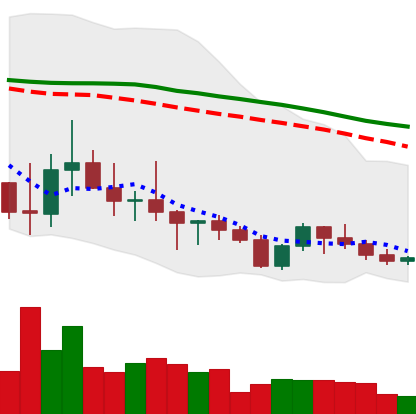
Ticker: ADA-USD
Chart end date: 2022-10-09
Forward return: -13.289%
Label: down_7plus